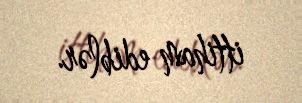
ittiham ediblər.